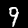
Digit: 9